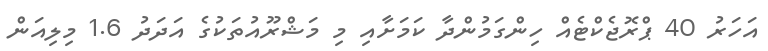
އަހަރު 40 ޕްރޮޖެކްޓެއް ހިންގަމުންދާ ކަމަށާއި މި މަޝްރޫއުތަކުގެ އަދަދު 1.6 މިލިއަން